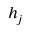
h _ { j }